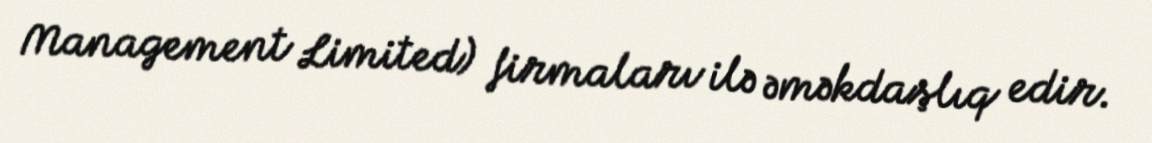
Management Limited) firmaları ilə əməkdaşlıq edir.